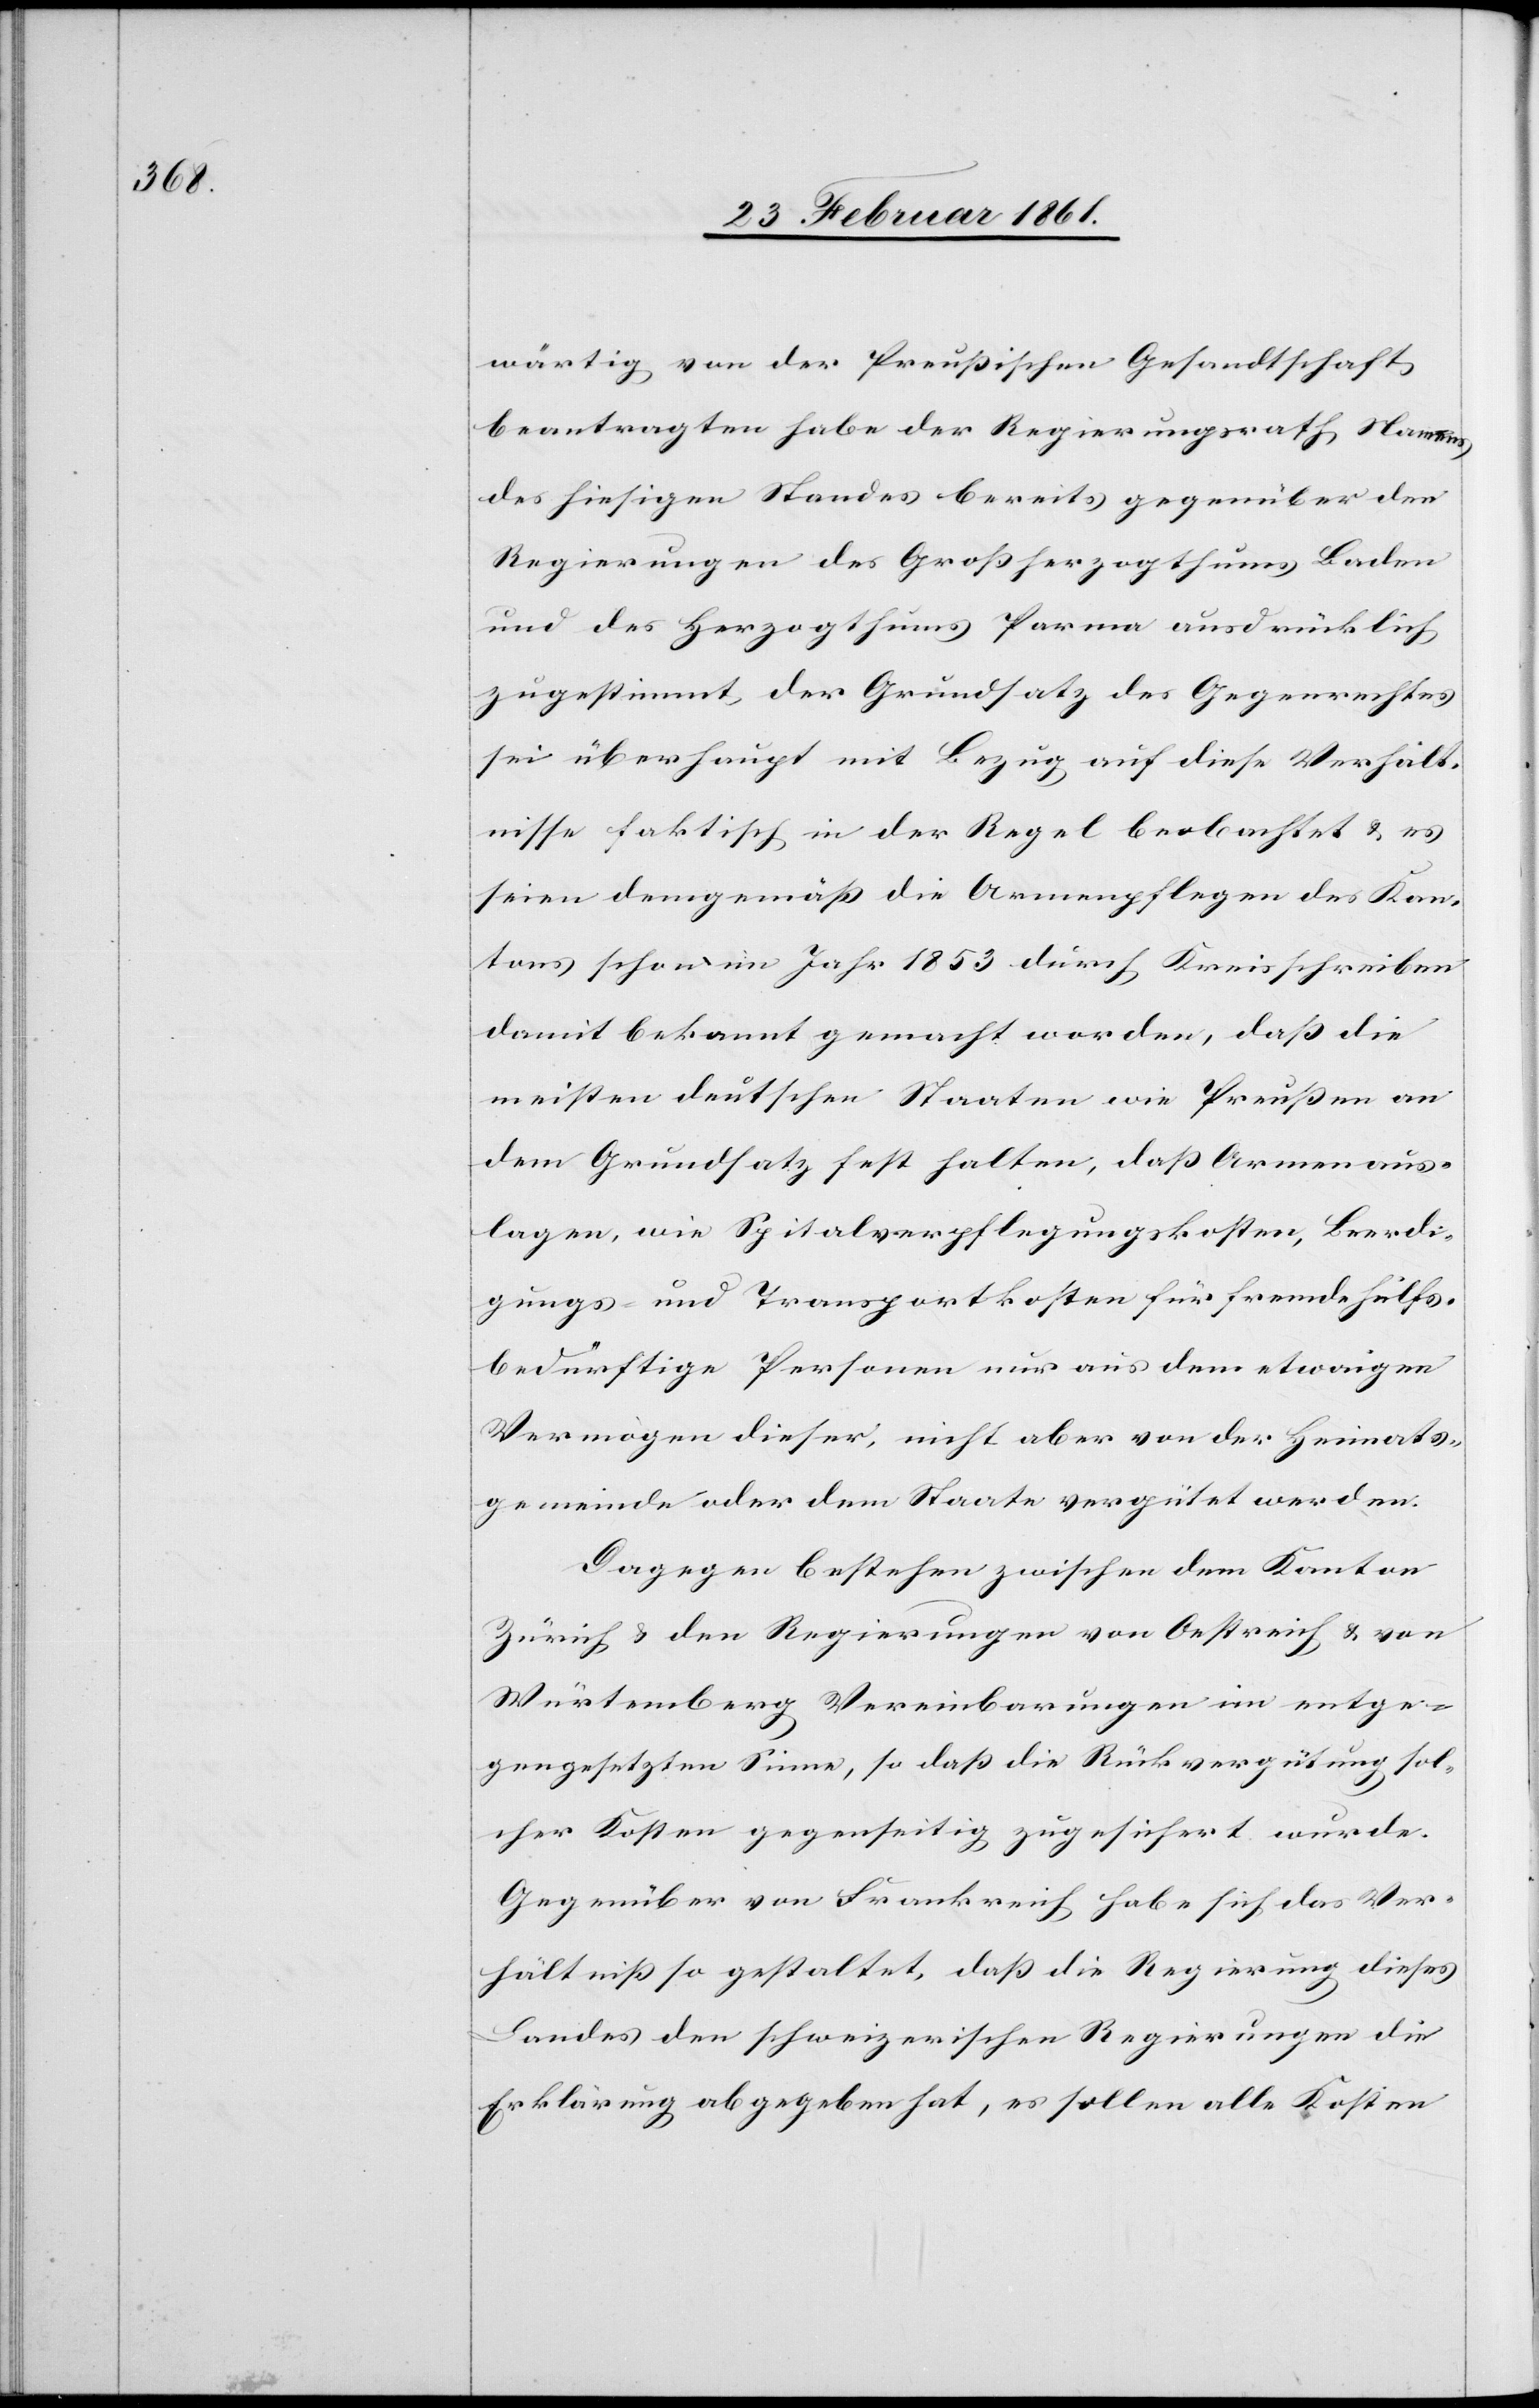
wärtig von der Preussischen Gesandtschaft
beantragten, habe der Regierungsrath Namens
des hiesigen Standes bereits gegenüber den
Regierungen des Grossherzogthums Baden
und des Herzogthums Parma ausdrücklich
zugestimmt, der Grundsatz des Gegenrechtes
sei überhaupt mit Bezug auf diese Verhält¬
nisse faktisch in der Regel beobachtet u. es
seien demgemäss die Armenpflegen des Kan¬
tons schon im Jahr 1853 durch Kreisschreiben
damit bekannt gemacht worden, dass die
meisten deutschen Staaten wie Preussen an
dem Grundsatz festhalten, dass Armenaus¬
lagen, wie Spitalverpflegungskosten, Beerdi¬
gungs- und Transportkosten für fremde Hülfs¬
bedürftige Personen nur aus dem etwaigen
Vermögen dieser, nicht aber von der Heimats¬
gemeinde oder dem Staate vergütet werden.
Dagegen bestehen zwischen dem Kanton
Zürich u. den Regierungen von Oestreich u. von
Würtemberg Vereinbarungen im entge¬
gengesetzten Sinne, so dass die Rückvergütung sol¬
cher Kosten gegenseitig zugesichert wurde.
Gegenüber von Frankreich habe sich das Ver¬
hältniss so gestaltet, dass die Regierung dieses
Landes den schweizerischen Regierungen die
Erklärung abgegeben hat, es sollen alle Kosten